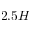
2 . 5 H